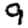
Digit: 9